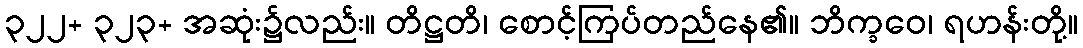
၃၂၂+ ၃၂၃+ အဆုံး၌လည်း။ တိဋ္ဌတိ၊ စောင့်ကြပ်တည်နေ၏။ ဘိက္ခဝေ၊ ရဟန်းတို့။